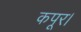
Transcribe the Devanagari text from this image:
कपूर।